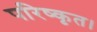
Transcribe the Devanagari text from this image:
परिष्कृत।